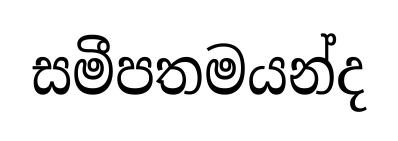
සමීපතමයන්ද